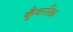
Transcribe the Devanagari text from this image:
कुँवरसिह